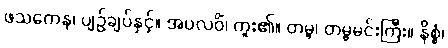
ဖသကေန၊ ပျဉ်ချပ်နှင့်။ အပလဝိံ၊ ကူး၏။ တမ္ဗ၊ တမ္ဗမင်းကြီး။ နိစ္စံ၊